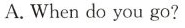
A.When do you go?